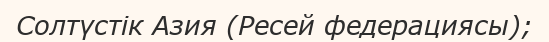
Солтүстік Азия (Ресей федерациясы);